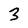
Character: 3